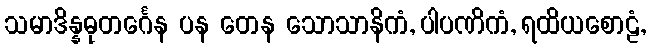
သမာဒိန္နဓုတင်္ဂေန ပန တေန သောသာနိကံ, ပါပဏိကံ, ရထိယစောဠံ,